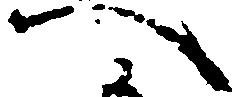
へ